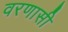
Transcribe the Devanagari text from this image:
वरणासी